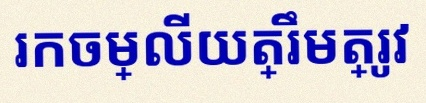
រកចម្លើយត្រឹមត្រូវ